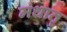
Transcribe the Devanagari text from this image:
मंधातृ